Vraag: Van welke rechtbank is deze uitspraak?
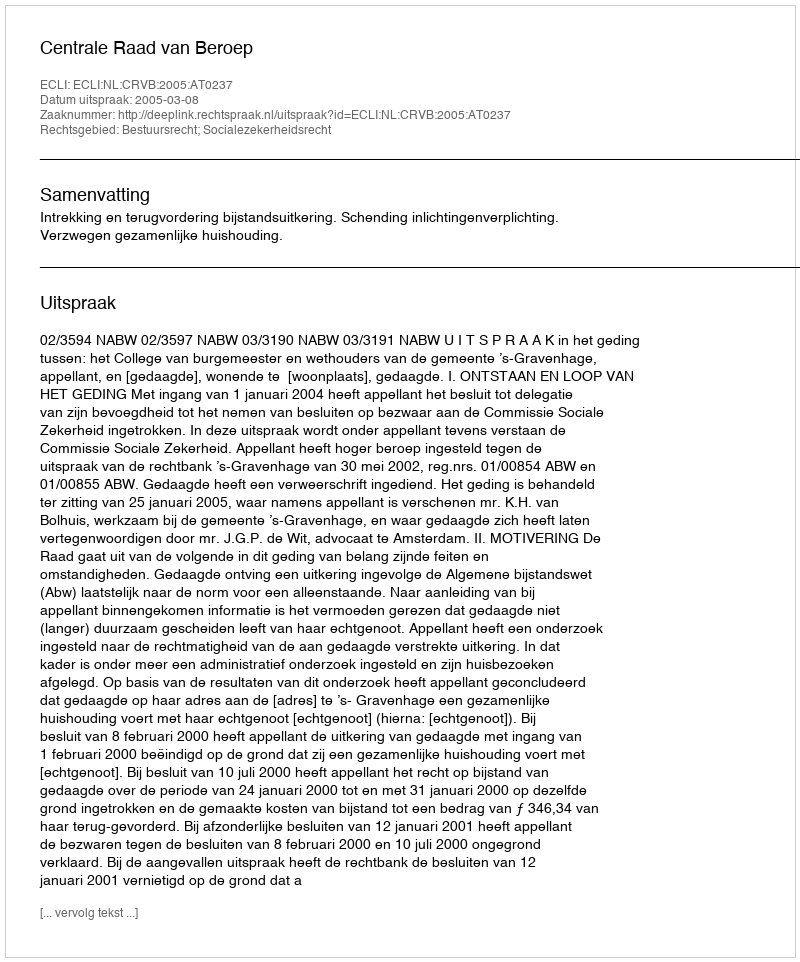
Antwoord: Centrale Raad van Beroep